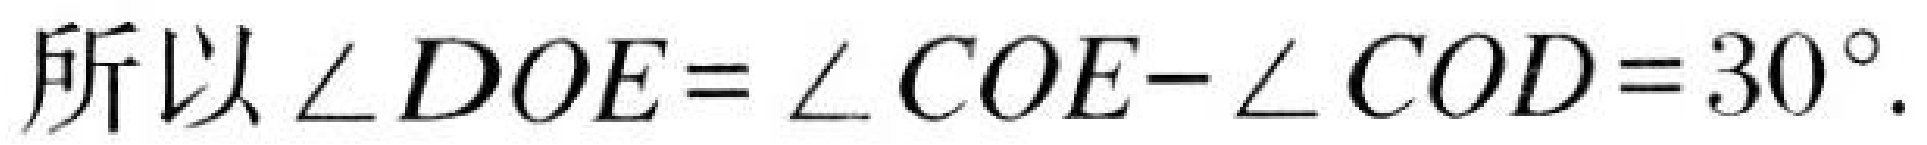
所以\(\angle DOE=\angle COE - \angle COD = 30^{\circ}\).